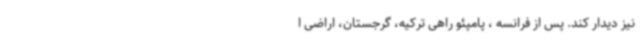
نیز دیدار کند. پس از فرانسه ، پامپئو راهی ترکیه، گرجستان، اراضی ا